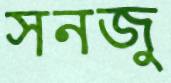
সনজু